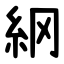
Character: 䋄